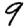
Digit: 9